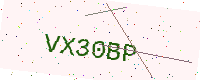
Text: VX30BP